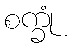
စက္ခုံ